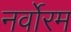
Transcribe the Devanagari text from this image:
नर्वोरम